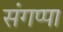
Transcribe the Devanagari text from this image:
संगप्पा